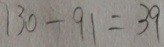
1 3 0 - 9 1 = 3 9